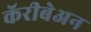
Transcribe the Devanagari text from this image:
कॅरीबेअन